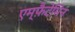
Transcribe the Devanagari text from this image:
एम्फ़ैटेमिन